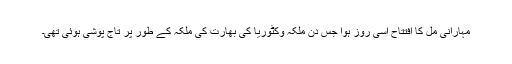
مہارانی مل کا افتتاح اسی روز ہوا جس دن ملکہ وکٹوریا کی بھارت کی ملکہ کے طور پر تاج پوشی ہوئی تھی۔